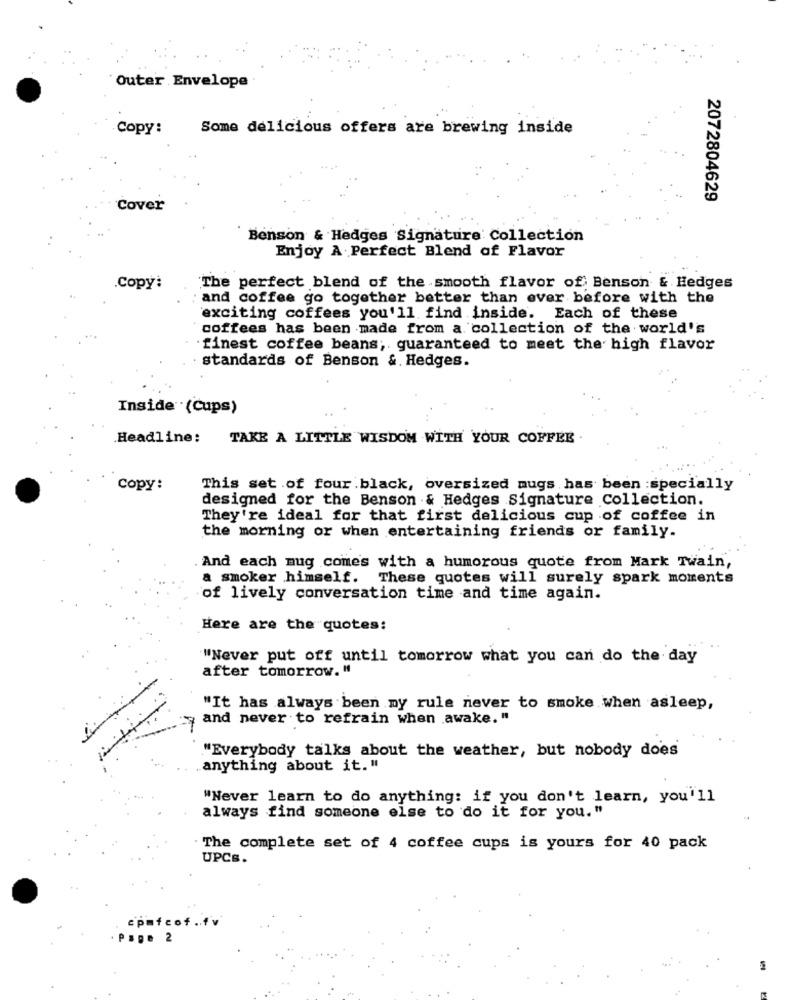
Outer Envelope
Copy:
Some delicious offers are brewing inside
2072804629
Cover
Benson & Hedges Signature Collection
Enjoy A Perfect Blend of Flavor
.Copy:
The perfect blend of the smooth flavor of Benson & Hedges
and coffee go together better than ever before with the
exciting coffees you'll find inside. Each of these
coffees has been made from a collection of the world's
finest coffee beans; guaranteed to meet the high flavor
standards of Benson &. Hedges.
Inside (Cups)
.Headline:
TAKE A LITTLE WISDOM WITH YOUR COFFEE
Copy:
This set of four black, oversized mugs has been :specially
designed for the Benson & Hedges Signature Collection.
They're ideal for that first delicious cup of coffee in
the morning or when entertaining friends or family.
. And each mug comes with a humorous quote from Mark Twain,
a smoker himself. These quotes will surely spark moments
of lively conversation time and time again.
Here are the quotes:
"Never put off until tomorrow what you can do the day
after tomorrow. "
"It has always been my rule never to smoke when asleep,
and never to refrain when awake. "
"Everybody talks about the weather, but nobody does
anything about it. "
"Never learn to do anything: if you don't learn, you'll
always find someone else to do it for you."
The complete set of 4 coffee cups is yours for 40 pack
UPCs.
cpufcof.fv
Pape 2